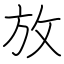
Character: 放